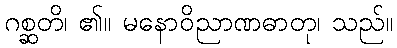
ဂစ္ဆတိ၊ ၏။ မနောဝိညာဏဓာတု၊ သည်။